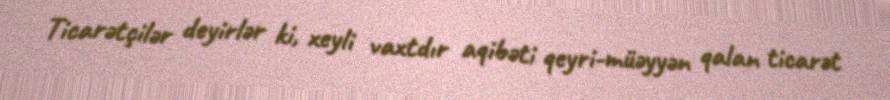
Ticarətçilər deyirlər ki, xeyli vaxtdır aqibəti qeyri-müəyyən qalan ticarət